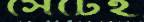
সেঁটেই